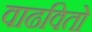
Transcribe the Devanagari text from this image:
वाढवितो